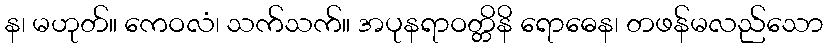
န၊ မဟုတ်။ ကေဝလံ၊ သက်သက်။ အပုနရာဝတ္တိနိ ရောဓေန၊ တဖန်မလည်သော